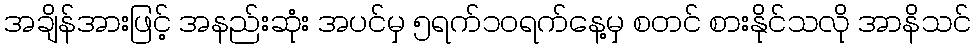
အချိန်အားဖြင့် အနည်းဆုံး အပင်မှ ၅ရက်၁၀ရက်နေ့မှ စတင် စားနိုင်သလို အာနိသင်